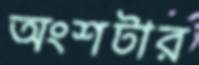
অংশটার